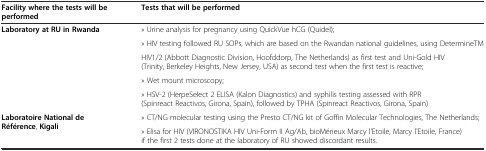
<table><thead><tr><td><b>Facility where the tests will be performed</b></td><td><b>Tests that will be performed</b></td></tr></thead><tbody><tr><td rowspan="5"><b>Laboratory at RU in Rwanda</b></td><td>» Urine analysis for pregnancy using QuickVue hCG (Quidel);</td></tr><tr><td>» HIV testing followed RU SOPs, which are based on the Rwandan national guidelines, using DetermineTM</td></tr><tr><td>HIV1/2 (Abbott Diagnostic Division, Hoofddorp, The Netherlands) as first test and Uni-Gold HIV (Trinity, Berkeley Heights, New Jersey, USA) as second test when the first test is reactive;</td></tr><tr><td>» Wet mount microscopy;</td></tr><tr><td>» HSV-2 (HerpeSelect 2 ELISA (Kalon Diagnostics) and syphilis testing assessed with RPR (Spinreact Reactivos, Girona, Spain), followed by TPHA (Spinreact Reactivos, Girona, Spain)</td></tr><tr><td rowspan="2"><b>Laboratoire National de Référence</b>, <b>Kigali</b></td><td>» CT/NG molecular testing using the Presto CT/NG kit of Goffin Molecular Technologies, The Netherlands;</td></tr><tr><td>» Elisa for HIV (VIRONOSTIKA HIV Uni-Form II Ag/Ab, bioMérieux Marcy l&#x27;Etoile, Marcy l&#x27;Etoile, France) if the first 2 tests done at the laboratory of RU showed discordant results.</td></tr></tbody></table>